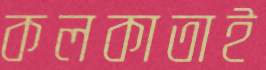
কলকাতাই